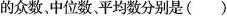
的众数、中位数、平均数分别是()